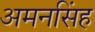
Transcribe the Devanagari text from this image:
अमनसिंह